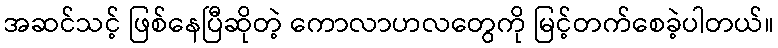
အဆင်သင့် ဖြစ်နေပြီဆိုတဲ့ ကောလာဟလတွေကို မြင့်တက်စေခဲ့ပါတယ်။